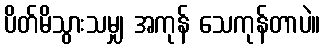
ပိတ်မိသွားသမျှ အကုန် သေကုန်တာပဲ။